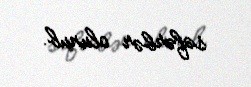
səfərbər olunub.